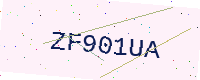
Text: ZF901UA